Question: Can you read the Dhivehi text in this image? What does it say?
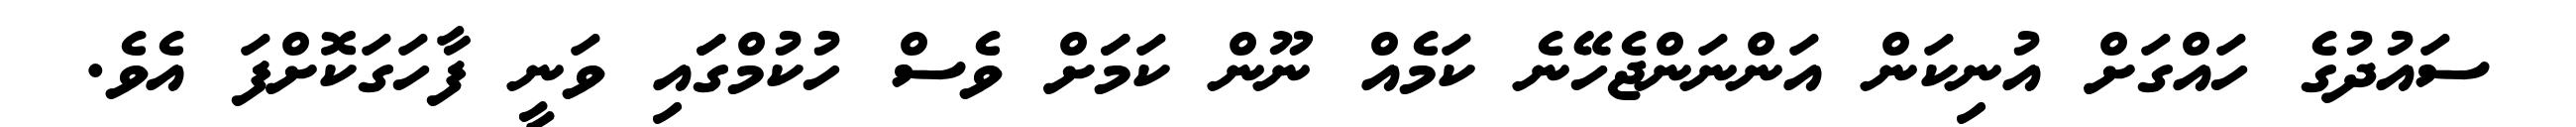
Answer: ސައުދުގެ ހައްގަށް އުނިކަން އަންނަންޖެހޭނެ ކަމެއް ނޫން ކަމަަށް ވެސް ހުކުމްގަައި ވަނީ ފާހަގަކޮށްފަ އެވެ.